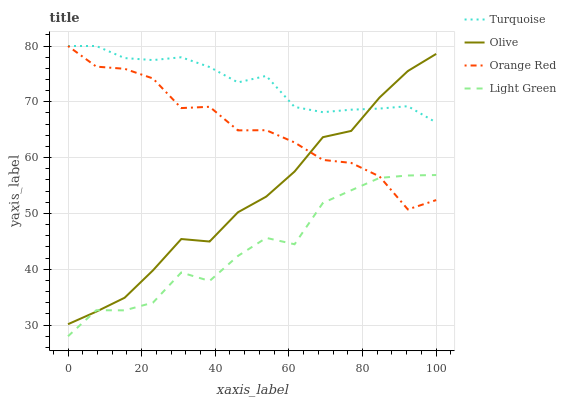
| xaxis_label | Turquoise | Olive | Orange Red | Light Green |
 | --- | --- | --- | --- | --- |
 | 0 | 80 | 30.2 | 80 | 28 |
 | 7.69 | 80 | 32.4 | 76.3 | 32.7 |
 | 15.4 | 77.8 | 34.9 | 75.9 | 32.6 |
 | 23.1 | 77.5 | 39.8 | 74.2 | 34 |
 | 30.8 | 78 | 45.4 | 68.9 | 39.4 |
 | 38.5 | 76.2 | 45 | 69.1 | 37.9 |
 | 46.2 | 73.5 | 50.2 | 64.9 | 42.4 |
 | 53.8 | 74.6 | 53 | 64.9 | 45.6 |
 | 61.5 | 69.1 | 57.5 | 62.7 | 44.5 |
 | 69.2 | 68.1 | 63.7 | 59.6 | 51.9 |
 | 76.9 | 68.6 | 64.8 | 59.1 | 54.1 |
 | 84.6 | 68.8 | 70.8 | 56.6 | 56.4 |
 | 92.3 | 69.2 | 75.5 | 50.7 | 56.8 |
 | 100 | 66.3 | 78.6 | 52.4 | 56.9 |